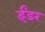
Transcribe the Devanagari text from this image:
ईंडर